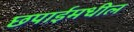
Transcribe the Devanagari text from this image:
छपाईमधील